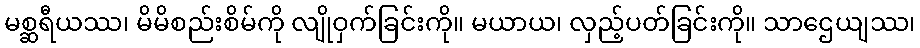
မစ္ဆရီယဿ၊ မိမိစည်းစိမ်ကို လျိုဝှက်ခြင်းကို။ မယာယ၊ လှည့်ပတ်ခြင်းကို။ သာဌေယျဿ၊